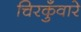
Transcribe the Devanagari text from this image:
चिरकुँवारे